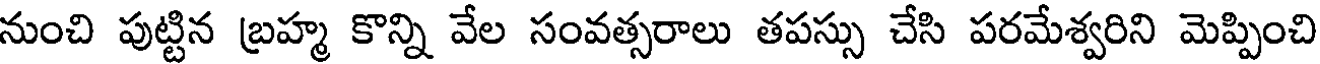
నుంచి పుట్టిన బ్రహ్మ కొన్ని వేల సంవత్సరాలు తపస్సు చేసి పరమేశ్వరిని మెప్పించి